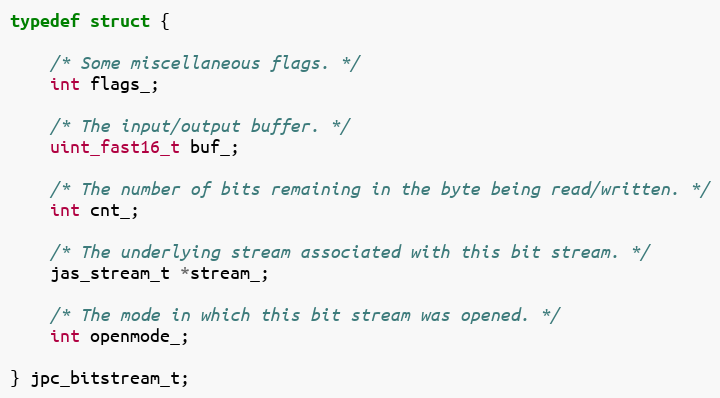
Language: C
typedef struct {

    /* Some miscellaneous flags. */
    int flags_;

    /* The input/output buffer. */
    uint_fast16_t buf_;

    /* The number of bits remaining in the byte being read/written. */
    int cnt_;

    /* The underlying stream associated with this bit stream. */
    jas_stream_t *stream_;

    /* The mode in which this bit stream was opened. */
    int openmode_;

} jpc_bitstream_t;